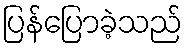
ပြန်ပြောခဲ့သည်